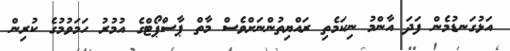
އަޅުގަނޑުމެން ފަދަ އާންމު ނިކަމެތި ރައްޔިތުންނަށްވެސް މާތް ޕާސްޕޯޓްގެ އުމުރު ހަމަވުމުގެ ކުރިން